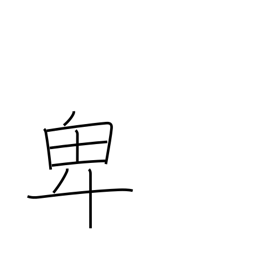
Meaning: lowly